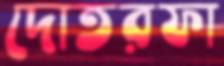
দোতরফা